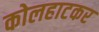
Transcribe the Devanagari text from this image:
कोलहाटकर